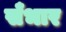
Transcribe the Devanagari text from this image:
सँभार